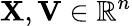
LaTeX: \mathbf{X},\mathbf{V}\in\mathbb{R}^{n}